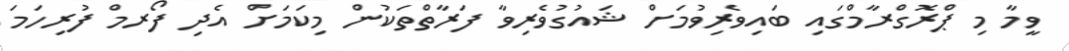
ވީމާ މި ޕްރޮގްރާމްގައި ބައިވެރިވުމަށް ޝައުގުވެރިވާ ފަރާތްތަކުން މިކަމަށް އެދި ފޯރމް ފުރިހަމަ